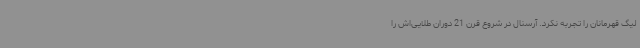
لیگ قهرمانان را تجربه نکرد. آرسنال در شروع قرن 21 دوران طلایی‌اش را